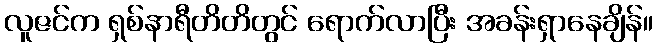
လူဇင်က ရှစ်နာရီတိတိတွင် ရောက်လာပြီး အခန်းရှာနေချိန်။